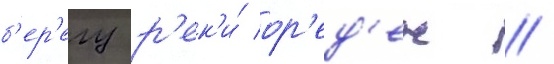
б'ер'егу р'ек'и́ ор'ед'еж //